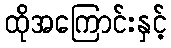
ထိုအကြောင်းနှင့်